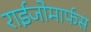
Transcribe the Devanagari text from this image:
राईजोमार्फस